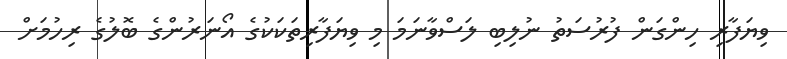
ވިޔަފާރި ހިންގަން ފުރުސަތު ނުލިބި ލަސްވާނަމަ މި ވިޔަފާރިތަކަކުގެ އޯނަރުންގެ ބޮލުގެ ރިހުމަށް